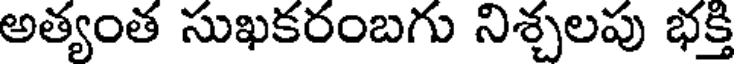
అత్యంత సుఖకరంబగు నిశ్చలపు భక్తి